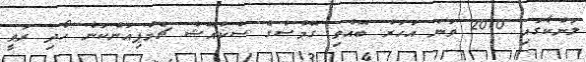
ލަންކާގައި 2010 ވަނަ އަހަރު ބޭއްވި ގޭމްސްގެ ސްކުއޭޝް ޗެމްޕިއަންކަން ހޯދި ރަވީ